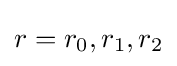
r=r_{0},r_{1},r_{2}